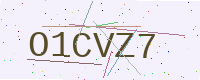
Text: O1CVZ7